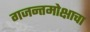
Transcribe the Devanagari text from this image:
गजन्तमोक्षाचा